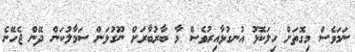
ނަމަވެސް މިގޮތަށް ހިލަކޮޅު އުނގުޅާއިރުވެސް މާ ބާރުބާރަށް ނޫގުޅަން ސަމާލުކަން ދޭން ޖެހޭނެ